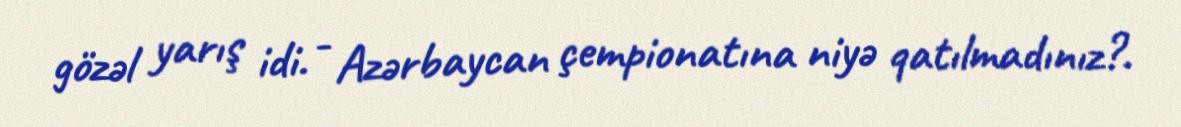
gözəl yarış idi. - Azərbaycan çempionatına niyə qatılmadınız?.